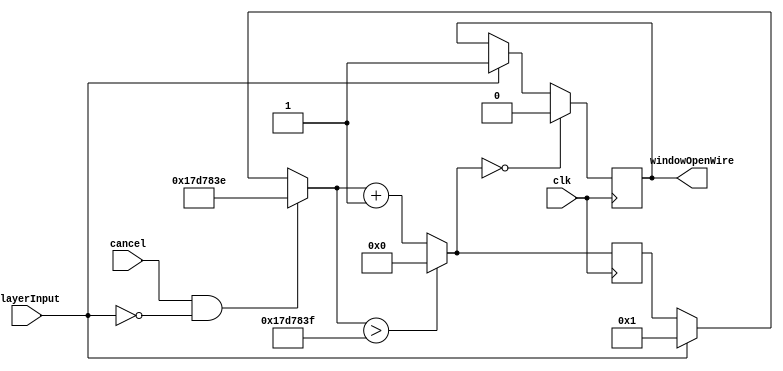
`timescale 1ns / 1ps
//////////////////////////////////////////////////////////////////////////////////
// Company: 
// Engineer: 
// 
// Design Name: 
// Module Name: comboWindow
// Project Name: 
// Target Devices: 
// Tool Versions: 
// Description: 
// 
// Dependencies: 
// 
// Revision:
// Revision 0.01 - File Created
// Additional Comments:
// 
//////////////////////////////////////////////////////////////////////////////////


module comboWindow(
    input clk,
    
    input playerInput,
    input cancel, // it is a OR of all the inputs. 
    
    output windowOpenWire
    );
    
    reg windowOpen = 0;
    assign windowOpenWire = windowOpen;
    
    reg [31:0]count = 0;
    
    
    
    //if press button, window remains open for 0.5 seconds before closing
    always @ (posedge clk) begin
        if (playerInput) begin
            count = 1;
            windowOpen = 1;
        end
        if (cancel && !playerInput) begin 
            count = (24999998); //instead of ending the counter immedietly, we set the count to very high to avoid race condition with the next combo detection
        end
        //window remains open for 0.5 seconds //NVM IM CHANGING IT TO 2 SO ITS EASIER
        count = ((count > (24999999)))? 0: count + 1;
        if (count == 0) begin
            windowOpen = 0;
        end  
    end
//    always @ (posedge playerInput or  posedge timerExpired) begin
//     windowOpen = playerInput? 1:0;
//    end
    
//    always @ (posedge gameTicks) begin
//     counter = (counter < upperLimit) && windowOpen ? counter+1:0;
//     timerExpired = counter == 0 && windowOpen? 1:0;
//    end
    
   
endmodule